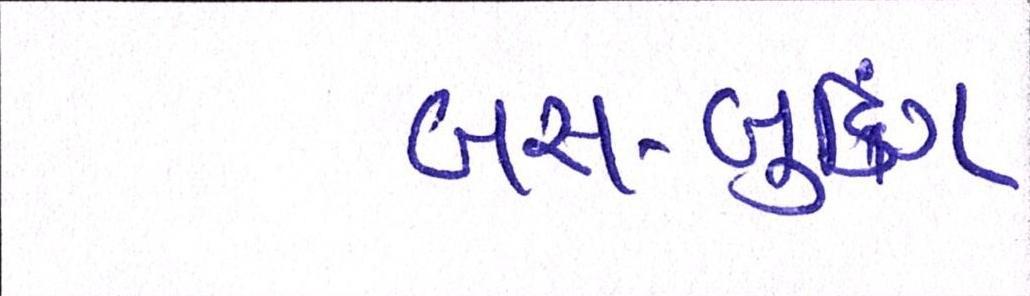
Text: બસ-બુકિંગ